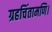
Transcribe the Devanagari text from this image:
ग्रहचिंतामणि।